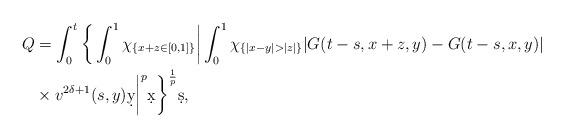
LaTeX: \begin{align*}Q&= \int_{0}^{t}\bigg\{\int_{0}^{1}\chi_{\{x+z\in[0,1]\}}\bigg|\int_{0}^{1}\chi_{\{|x-y|> |z|\}}|G(t-s,x+z,y)-G(t-s,x,y)|\\& \times v^{2\delta+1}(s,y)\d y\bigg|^p\d x\bigg\}^{\frac{1}{p}}\d s,\end{align*}